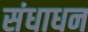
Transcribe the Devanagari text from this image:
संधाधन